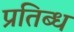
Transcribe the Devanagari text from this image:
प्रतिब्ध